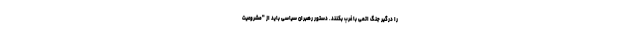
را درگیر جنگ اتمی با غرب بکنند. دستور رهبران سیاسی باید از "مشروعیت